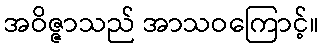
အဝိဇ္ဇာသည် အာသဝကြောင့်။